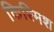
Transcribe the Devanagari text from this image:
किश्मिश